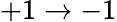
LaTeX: +1\rightarrow-1